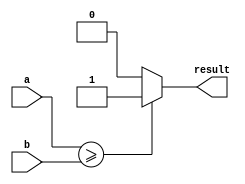
module greater_than_or_equal(input [7:0] a, input [7:0] b, output result);
    
    assign result = (a >= b) ? 1 : 0;
    
endmodule